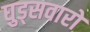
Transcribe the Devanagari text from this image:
घुड्सवारों